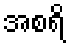
အစရိ